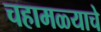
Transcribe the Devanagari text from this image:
चहामळ्याचे